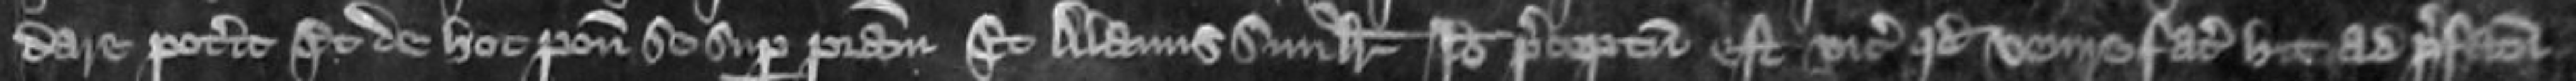
dare poterit Et de hoc ponit se super patriam Et Alanus similiter Ideo preceptum est vicecomiti quod venire faciat hic ad prefatum